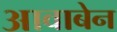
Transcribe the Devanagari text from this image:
आवाबेन